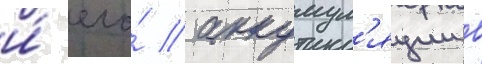
и́ его́ аккумул'яции в